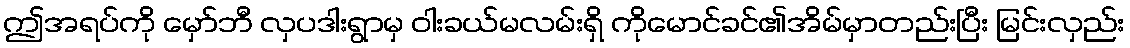
ဤအရပ်ကို မှော်ဘီ လှပဒါးရွာမှ ဝါးခယ်မလမ်းရှိ ကိုမောင်ခင်၏အိမ်မှာတည်းပြီး မြင်းလှည်း